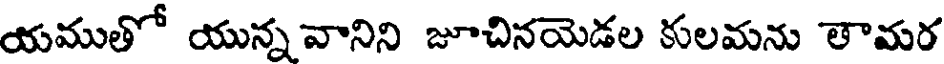
యముతో యున్న వానిని జూచినయెడల కులమను తామర